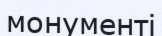
монументі